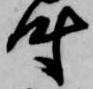
時